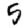
Digit: 5